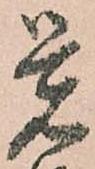
覚